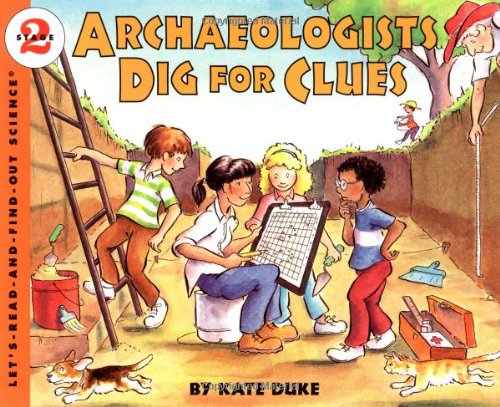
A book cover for Archaeologists Dig for Clues (Let's-Read-and-Find-Out Science 2); Kate Duke; Science & Math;